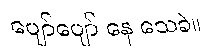
ပျော်ပျော် နေ သေခဲ။